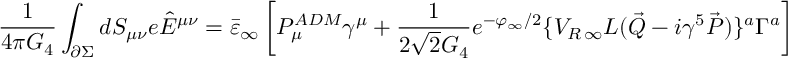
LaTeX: { \frac { 1 } { 4 \pi G _ { 4 } } } \int _ { \partial \Sigma } d S _ { \mu \nu } e \hat { E } ^ { \mu \nu } = \bar { \varepsilon } _ { \infty } \left[ P _ { \mu } ^ { A D M } \gamma ^ { \mu } + { \frac { 1 } { 2 \sqrt { 2 } G _ { 4 } } } e ^ { - \varphi _ { \infty } / 2 } \{ V _ { R \, \infty } L ( \vec { Q } - i \gamma ^ { 5 } \vec { P } ) \} ^ { a } \Gamma ^ { a } \right] \varepsilon _ { \infty } ,